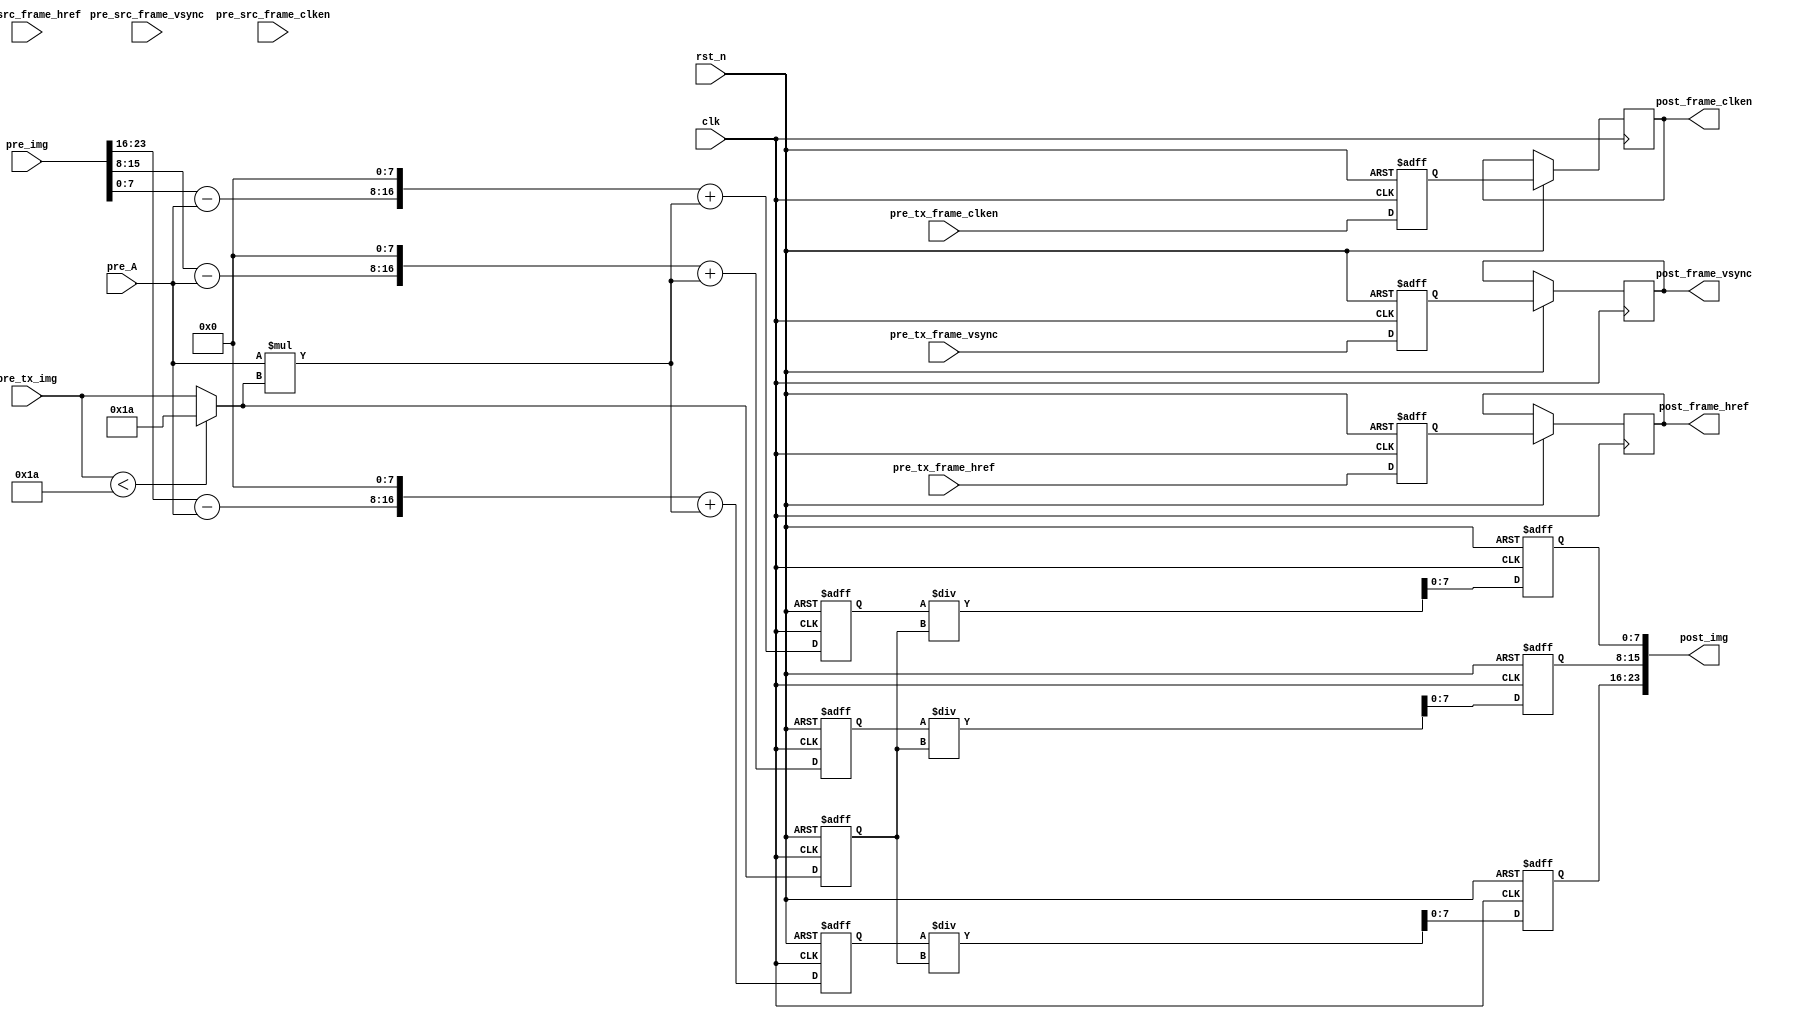
module haze_removal_cal(
    input               clk                     ,
    input               rst_n                   ,  
    //
    input               pre_src_frame_vsync     , 
    input               pre_src_frame_href      ,  
    input               pre_src_frame_clken     , 
    input   [23 : 0]    pre_img                 ,

    input               pre_tx_frame_vsync      ,
    input               pre_tx_frame_href       ,
    input               pre_tx_frame_clken      ,
    input   [7  : 0]    pre_tx_img              ,

    input   [7  : 0]    pre_A                   ,

    
    output              post_frame_vsync        , 
    output              post_frame_href         ,  
    output              post_frame_clken        , 
    output  [23 : 0]    post_img                
);
// `define Xilinx_IP

parameter   tx_min   =   8'd26;//min_value of A, 0.1 * 2*8

wire        [7  : 0]    tx_value                 ;
assign                  tx_value =    pre_tx_img < tx_min ? tx_min : pre_tx_img;

reg signed  [16 : 0]    value_tem_r             ;
reg signed  [16 : 0]    value_tem_g             ;
reg signed  [16 : 0]    value_tem_b             ;

reg         [7  : 0]    pre_A_d1                ;
reg         [7  : 0]    tx_value_d1              ;


always@(posedge clk or negedge rst_n)begin
    if(!rst_n)begin
        pre_A_d1                <=  0                       ;
        tx_value_d1             <=  0                       ;
    end
    else begin
        pre_A_d1                <=  pre_A                   ;
        tx_value_d1             <=  tx_value                ;
    end
end

always@(posedge clk or negedge rst_n)begin
    if(!rst_n)begin
        value_tem_r     <=  0;
        value_tem_g     <=  0;
        value_tem_b     <=  0;
    end
    else begin
        value_tem_r     <=  (( pre_img[23 : 16] - pre_A ) <<< 8 ) + pre_A * tx_value;
        value_tem_g     <=  (( pre_img[15 :  8] - pre_A ) <<< 8 ) + pre_A * tx_value;
        value_tem_b     <=  (( pre_img[ 7 :  0] - pre_A ) <<< 8 ) + pre_A * tx_value;
    end
end

`ifdef Xilinx_IP
    wire  signed    [10 : 0]    post_img_r;
    wire  signed    [10 : 0]    post_img_g;
    wire  signed    [10 : 0]    post_img_b;
    wire            [7  : 0]    temp_r;
    wire            [7  : 0]    temp_g;
    wire            [7  : 0]    temp_b;

    integer i;

    reg                     pre_tx_frame_vsync_d      [36:0] ;
    reg                     pre_tx_frame_href_d       [36:0] ;
    reg                     pre_tx_frame_clken_d      [36:0] ;

    div_gen_0 u_div_gen_0(
    .aclk                     (clk    ),                                      // input wire aclk
    .s_axis_divisor_tvalid    (1      ),    // input wire s_axis_divisor_tvalid
    .s_axis_divisor_tdata     (tx_value_d1),      // input wire [7 : 0] s_axis_divisor_tdata
    .s_axis_dividend_tvalid   (1),  // input wire s_axis_dividend_tvalid
    .s_axis_dividend_tdata    (value_tem_r),    // input wire [39 : 0] s_axis_dividend_tdata
    .m_axis_dout_tvalid       (),          // output wire m_axis_dout_tvalid
    .m_axis_dout_tdata        ({post_img_r,temp_r})            // output wire [47 : 0] m_axis_dout_tdata
    );
    div_gen_0 u_div_gen_1(
    .aclk                     (clk    ),                                      // input wire aclk
    .s_axis_divisor_tvalid    (1      ),    // input wire s_axis_divisor_tvalid
    .s_axis_divisor_tdata     (tx_value_d1),      // input wire [7 : 0] s_axis_divisor_tdata
    .s_axis_dividend_tvalid   (1),  // input wire s_axis_dividend_tvalid
    .s_axis_dividend_tdata    (value_tem_g),    // input wire [39 : 0] s_axis_dividend_tdata
    .m_axis_dout_tvalid       (),          // output wire m_axis_dout_tvalid
    .m_axis_dout_tdata        ({post_img_g,temp_g})            // output wire [47 : 0] m_axis_dout_tdata
    );
    div_gen_0 u_div_gen_2(
    .aclk                     (clk    ),                                      // input wire aclk
    .s_axis_divisor_tvalid    (1      ),    // input wire s_axis_divisor_tvalid
    .s_axis_divisor_tdata     (tx_value_d1),      // input wire [7 : 0] s_axis_divisor_tdata
    .s_axis_dividend_tvalid   (1),  // input wire s_axis_dividend_tvalid
    .s_axis_dividend_tdata    (value_tem_b),    // input wire [39 : 0] s_axis_dividend_tdata
    .m_axis_dout_tvalid       (),          // output wire m_axis_dout_tvalid
    .m_axis_dout_tdata        ({post_img_b,temp_b})            // output wire [47 : 0] m_axis_dout_tdata
    );

    always@(posedge clk or negedge rst_n)begin
        if(!rst_n)begin
            for(i = 0; i < 37; i = i + 1) begin
                pre_tx_frame_vsync_d[i]   <=  0                       ;
                pre_tx_frame_href_d[i]    <=  0                       ;
                pre_tx_frame_clken_d[i]   <=  0                       ;
            end
        end
        else begin
            pre_tx_frame_vsync_d[0]     <=  pre_tx_frame_vsync      ;
            pre_tx_frame_href_d[0]      <=  pre_tx_frame_href       ;
            pre_tx_frame_clken_d[0]     <=  pre_tx_frame_clken      ;
            for(i = 1; i < 37; i = i + 1) begin
                pre_tx_frame_vsync_d[i]     <=  pre_tx_frame_vsync_d[i-1] ;
                pre_tx_frame_href_d[i]      <=  pre_tx_frame_href_d[i-1]  ;
                pre_tx_frame_clken_d[i]     <=  pre_tx_frame_clken_d[i-1] ;
            end
        end
    end
    
    assign  post_img            =   {post_img_b[7 : 0],post_img_g[7 : 0],post_img_r[7 : 0]}     ;
    assign  post_frame_vsync    =   pre_tx_frame_vsync_d[36]                                    ;
    assign  post_frame_href     =   pre_tx_frame_href_d[36]                                     ;
    assign  post_frame_clken    =   pre_tx_frame_clken_d[36]                                    ;
`else

    reg  signed   [10 : 0]     post_img_r;
    reg  signed   [10 : 0]     post_img_g;
    reg  signed   [10 : 0]     post_img_b;
    reg                     pre_tx_frame_vsync_d1   ;
    reg                     pre_tx_frame_href_d1    ;
    reg                     pre_tx_frame_clken_d1   ;
    reg                     pre_tx_frame_vsync_d2   ;
    reg                     pre_tx_frame_href_d2    ;
    reg                     pre_tx_frame_clken_d2   ;
    
    //critical path : use Xilinx IP 'divider generator' to replace '/';
    always@(posedge clk or negedge rst_n)begin
        if(!rst_n)begin
            post_img_r      <=  0;
            post_img_g      <=  0;
            post_img_b      <=  0;
        end
        else begin
            post_img_r      <=  value_tem_r / tx_value_d1;
            post_img_g      <=  value_tem_g / tx_value_d1;
            post_img_b      <=  value_tem_b / tx_value_d1;
        end
    end

    always@(posedge clk or negedge rst_n)begin
        if(!rst_n)begin
            pre_tx_frame_vsync_d1   <=  0                       ;
            pre_tx_frame_href_d1    <=  0                       ;
            pre_tx_frame_clken_d1   <=  0                       ;
        end
        else begin
            pre_tx_frame_vsync_d1   <=  pre_tx_frame_vsync      ;
            pre_tx_frame_href_d1    <=  pre_tx_frame_href       ;
            pre_tx_frame_clken_d1   <=  pre_tx_frame_clken      ;
            pre_tx_frame_vsync_d2   <=  pre_tx_frame_vsync_d1   ;
            pre_tx_frame_href_d2    <=  pre_tx_frame_href_d1    ;
            pre_tx_frame_clken_d2   <=  pre_tx_frame_clken_d1   ;
        end
    end

    assign  post_img            =   {post_img_r[7 : 0],post_img_g[7 : 0],post_img_b[7 : 0]}     ;
    assign  post_frame_vsync    =   pre_tx_frame_vsync_d2                                       ;
    assign  post_frame_href     =   pre_tx_frame_href_d2                                        ;
    assign  post_frame_clken    =   pre_tx_frame_clken_d2                                       ;

`endif                                   


endmodule